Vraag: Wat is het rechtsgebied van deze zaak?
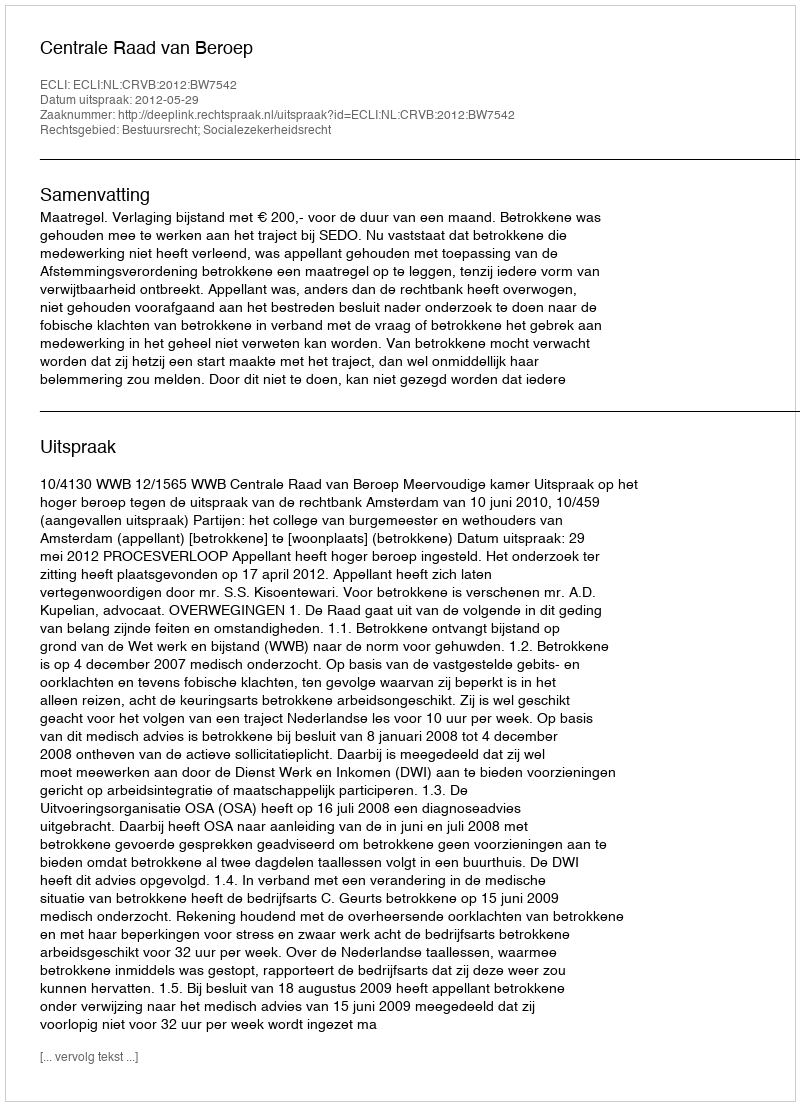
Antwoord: Bestuursrecht; Socialezekerheidsrecht